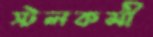
স্টলকর্মী